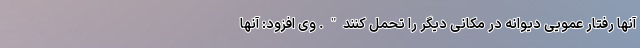
آنها رفتار عمویی دیوانه در مکانی دیگر را تحمل کنند". وی افزود: آنها